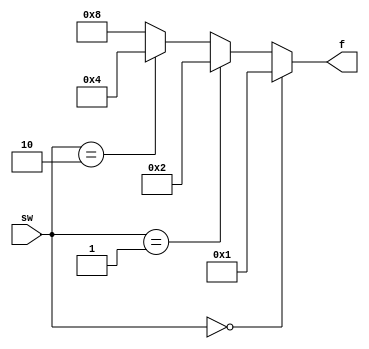
module if2to4 (
    input [1:0] sw,
    output [3:0] f
);

    always @(*) begin
        if (sw == 2'b00)
            f = 4'b0001;
        else if (sw == 2'b01)
            f = 4'b0010;
        else if (sw == 2'b10)
            f = 4'b0100;
        else 
            f = 4'b1000;
    end
endmodule
module h3to8(
    input [2:0] in,   
    output [7:0] out   
);

    wire [3:0] in1, in2; 

    if2to4 u1(.sw(in[1:0]), .f(in1));
    if2to4 u2(.sw(in[2:1]), .f(in2));

    assign out = {in2, in1};

endmodule